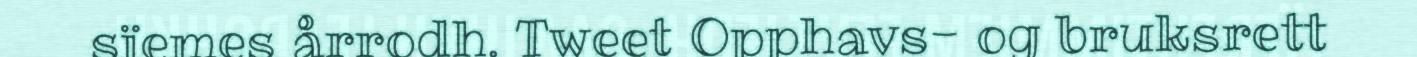
sïemes årrodh. Tweet Opphavs- og bruksrett